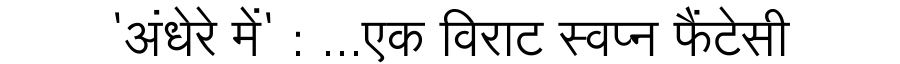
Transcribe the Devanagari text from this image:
'अंधेरे में' : ...एक विराट स्वप्न फैंटेसी